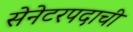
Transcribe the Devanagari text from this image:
सेनेटरपदाची